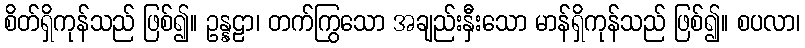
စိတ်ရှိကုန်သည် ဖြစ်၍။ ဥန္နဠာ၊ တက်ကြွသော အချည်းနှီးသော မာန်ရှိကုန်သည် ဖြစ်၍။ စပလာ၊